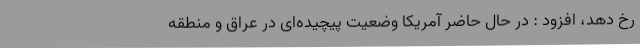
رخ دهد، افزود : در حال حاضر آمریکا وضعیت پیچیده‌ای در عراق و منطقه